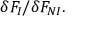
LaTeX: \delta F _ { I } / \delta F _ { N I } .